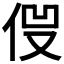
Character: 𠈿